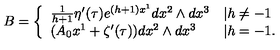
B = \left\{ \begin{array} { l l } { \frac { 1 } { h + 1 } \eta ^ { \prime } ( \tau ) e ^ { ( h + 1 ) x ^ { 1 } } d x ^ { 2 } \wedge d x ^ { 3 } } & { | h \neq - 1 } \\ { ( A _ { 0 } x ^ { 1 } + \zeta ^ { \prime } ( \tau ) ) d x ^ { 2 } \wedge d x ^ { 3 } } & { | h = - 1 . } \\ \end{array} \right.